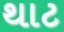
થાટ